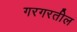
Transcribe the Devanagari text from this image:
गरगरतील